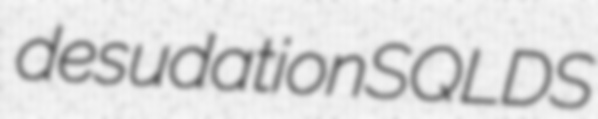
desudation SQLDS